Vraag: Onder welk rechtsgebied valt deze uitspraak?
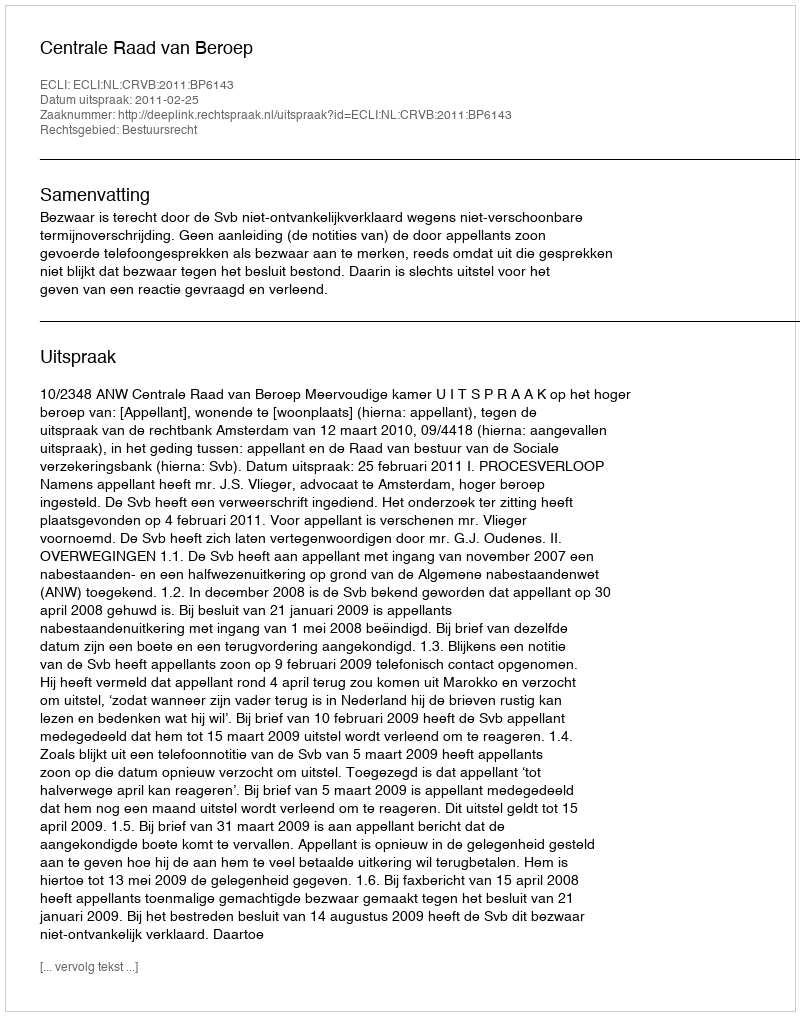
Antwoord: Bestuursrecht